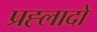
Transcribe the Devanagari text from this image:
प्रह्लादो